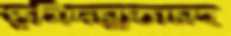
ভূমিদস্যুতাসহ